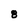
Character: 8